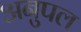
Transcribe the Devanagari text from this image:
अनुपल